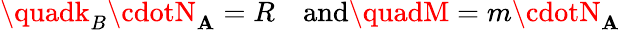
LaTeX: \quadk_{B}\cdotN_{\mathbf{A}}=R\quad{\mathrm{{and}}}\quadM=m\cdotN_{\mathbf{A}}